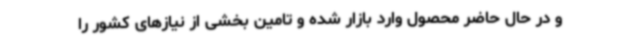
و در حال حاضر محصول وارد بازار شده و تامین بخشی از نیازهای کشور را